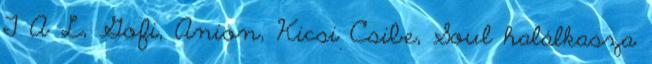
T A L, Gofi, Anion, Kicsi Csibe, Soul halálkasza